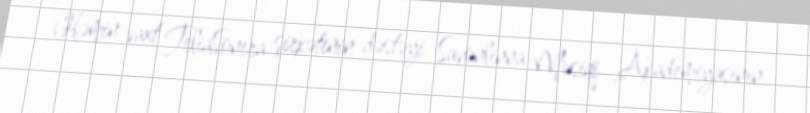
Həmin vaxt TeliaSonera şirkətinin dəstəyi Savonlinna Musiqi Akademiyasının